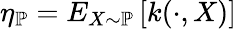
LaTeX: \eta_{\mathbb{P}}=E_{X\sim\mathbb{P}}\left[k(\cdot,X)\right]